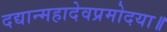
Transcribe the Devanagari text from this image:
दद्यान्महादेवप्रमोदया॥